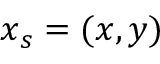
\boldsymbol { x } _ { s } = ( x , y )